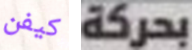
كيفن بحركة